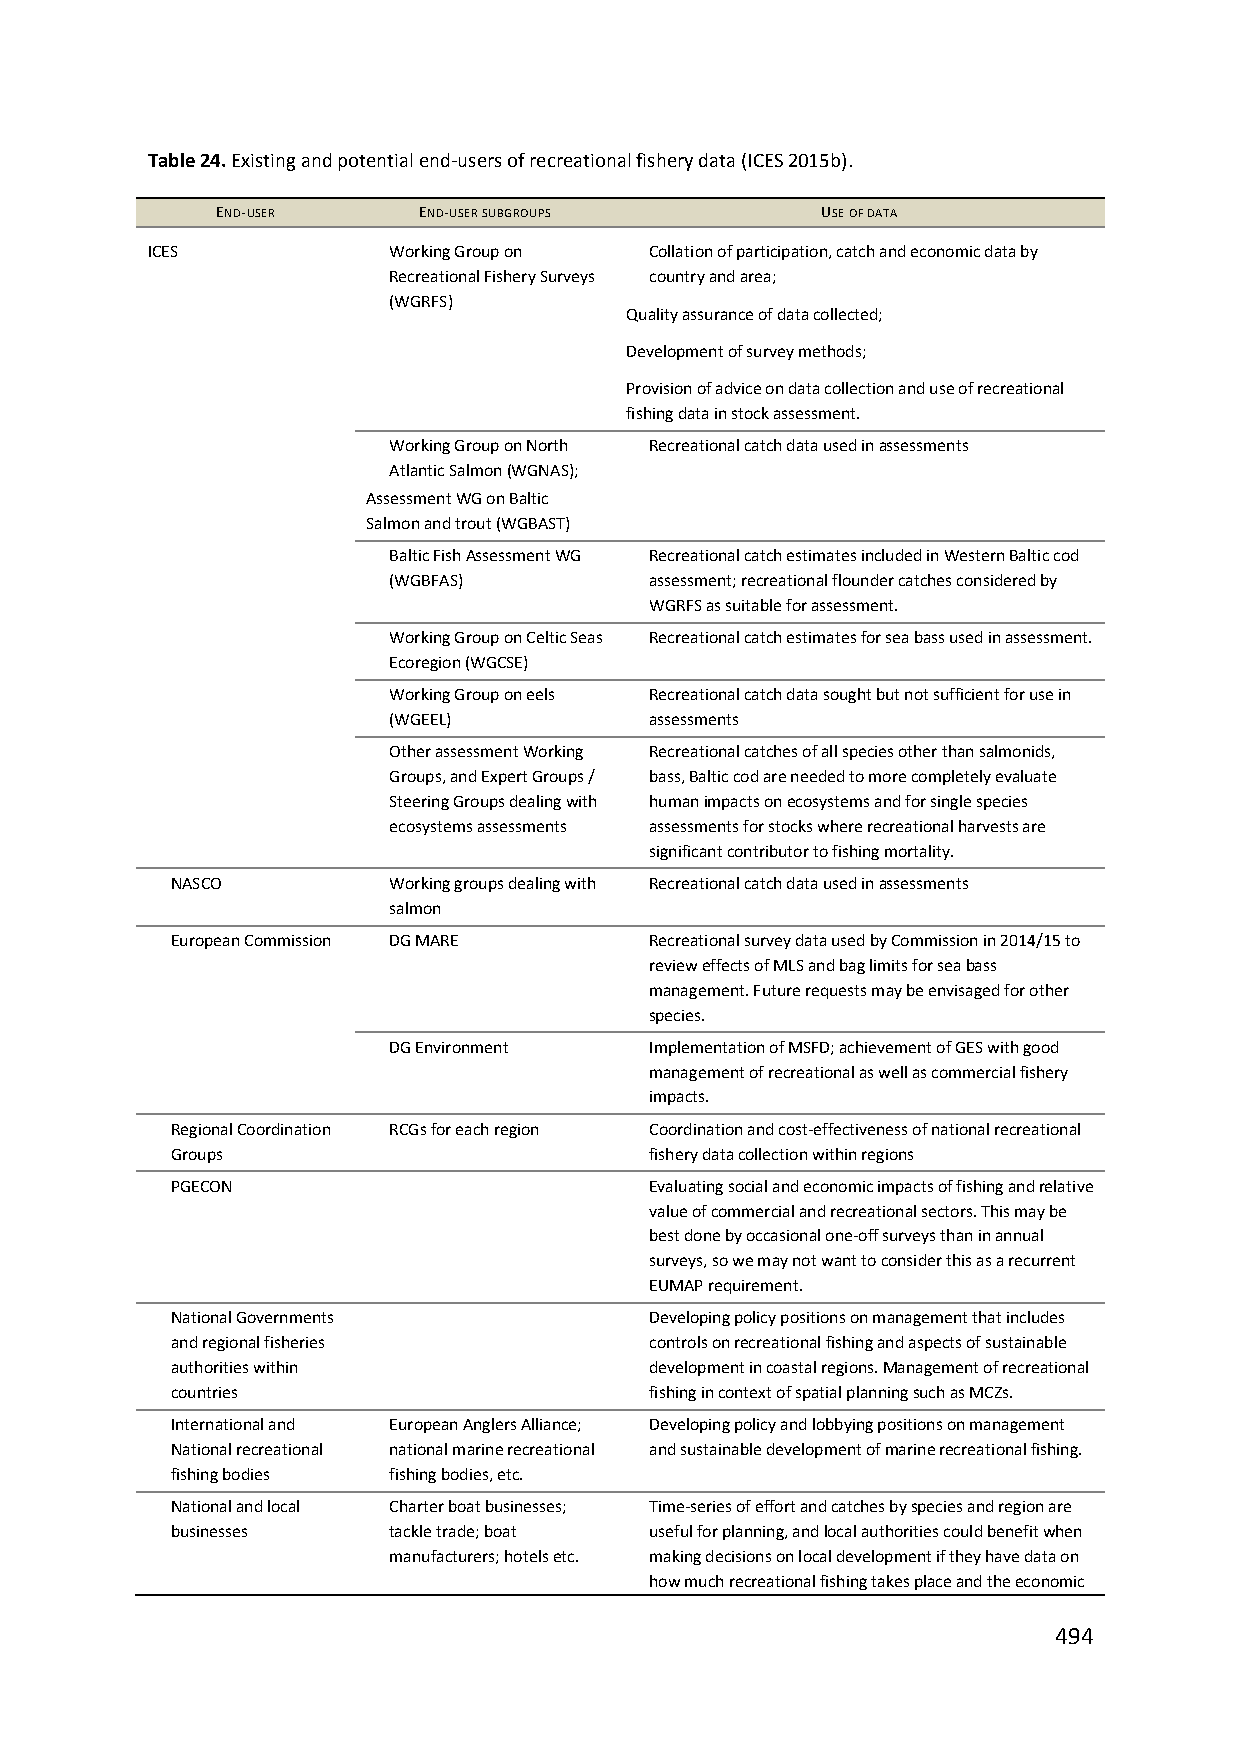
Table 24. Existing and potential end‐users of recreational fishery data (ICES 2015b).
 END‐USER      END‐USER SUBGROUPS        USE OF DATA
 ICES            Working Group on Collation of participation, catch and economic data by
 Recreational Fishery Surveys country and area;
 (WGRFS)
 Quality assurance of data collected;
 Development of survey methods;
 Provision of advice on data collection and use of recreational
 fishing data in stock assessment.
 Working Group on North Recreational catch data used in assessments
 Atlantic Salmon (WGNAS);
 Assessment WG on Baltic
 Salmon and trout (WGBAST)
 Baltic Fish Assessment WG Recreational catch estimates included in Western Baltic cod
 (WGBFAS)         assessment; recreational flounder catches considered by
 WGRFS as suitable for assessment.
 Working Group on Celtic Seas Recreational catch estimates for sea bass used in assessment.
 Ecoregion (WGCSE)
 Working Group on eels Recreational catch data sought but not sufficient for use in
 (WGEEL)          assessments
 Other assessment Working Recreational catches of all species other than salmonids,
 Groups, and Expert Groups / bass, Baltic cod are needed to more completely evaluate
 Steering Groups dealing with human impacts on ecosystems and for single species
 ecosystems assessments assessments for stocks where recreational harvests are
 significant contributor to fishing mortality.
 NASCO          Working groups dealing with Recreational catch data used in assessments
 salmon
 European Commission DG MARE     Recreational survey data used by Commission in 2014/15 to
 review effects of MLS and bag limits for sea bass
 management. Future requests may be envisaged for other
 species.
 DG Environment   Implementation of MSFD; achievement of GES with good
 management of recreational as well as commercial fishery
 impacts.
 Regional Coordination RCGs for each region Coordination and cost‐effectiveness of national recreational
 Groups                          fishery data collection within regions
 PGECON                          Evaluating social and economic impacts of fishing and relative
 value of commercial and recreational sectors. This may be
 best done by occasional one‐off surveys than in annual
 surveys, so we may not want to consider this as a recurrent
 EUMAP requirement.
 National Governments            Developing policy positions on management that includes
 and regional fisheries          controls on recreational fishing and aspects of sustainable
 authorities within              development in coastal regions. Management of recreational
 countries                       fishing in context of spatial planning such as MCZs.
 International and European Anglers Alliance; Developing policy and lobbying positions on management
 National recreational national marine recreational and sustainable development of marine recreational fishing.
 fishing bodies fishing bodies, etc.
 National and local Charter boat businesses; Time‐series of effort and catches by species and region are
 businesses     tackle trade; boat useful for planning, and local authorities could benefit when
 manufacturers; hotels etc. making decisions on local development if they have data on
 how much recreational fishing takes place and the economic
 494